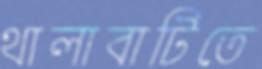
থালাবাটিতে